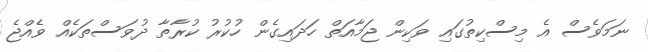
ނަމަވެސް އެ މިސްކިތުގައި ވަކިން ޖަމާއަތް ހަދައިގެން ހުކުރު ކުރާތާ ދުވަސްތަކެއް ވެއްޖެ